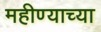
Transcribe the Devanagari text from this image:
महीण्याच्या